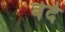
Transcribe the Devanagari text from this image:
वेदे